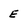
Character: E